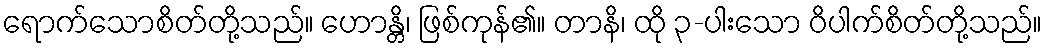
ရောက်သောစိတ်တို့သည်။ ဟောန္တိ၊ ဖြစ်ကုန်၏။ တာနိ၊ ထို ၃-ပါးသော ဝိပါက်စိတ်တို့သည်။